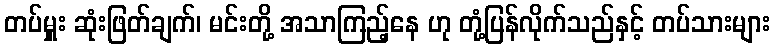
တပ်မှူး ဆုံးဖြတ်ချက်၊ မင်းတို့ အသာကြည့်နေ ဟု တုံ့ပြန်လိုက်သည်နှင့် တပ်သားများ